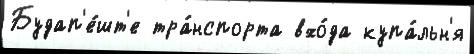
Будап'е́шт'е тра́нспорта вхо́да купа́льн'я